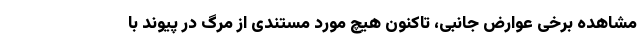
مشاهده برخی عوارض جانبی، تاکنون هیچ مورد مستندی از مرگ در پیوند با